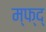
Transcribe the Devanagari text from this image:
म्फ्द्